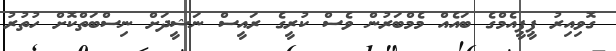
ގޮވިއިރު ޕީޕީއެމްގެ ބައެއް މެމްބަރުން ވެސް ކުރީގެ ރައީސް ނަޝީދަށް ނިސްބަތްކޮށް ހުތުރު